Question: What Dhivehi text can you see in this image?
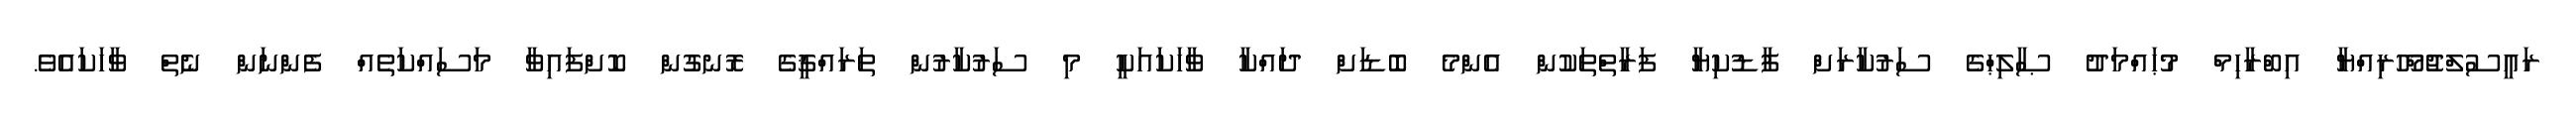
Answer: ރައީސުލްޖުމްހޫރިއްޔާ އިބްރާހިމް މުޙައްމަދު ޞާލިޙްގެ ސަރުކާރަށް ފާޑުކިޔާ ފަރާތްތަކުން އެންމެ ބޮޑަށް ދައްކާ ވާހަކައަކީ މި ސަރުކާރުން ތަރައްޤީގެ ރޮނގުން ކޮށްފައިވާ މަސައްކަތެއް ފެންނަން ނެތް ވާހަކައެވެ.